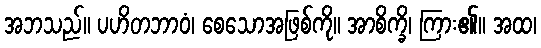
အဘသည်။ ပဟိတဘာဝံ၊ စေသောအဖြစ်ကို။ အာစိက္ခိ၊ ကြား၏။ အထ၊